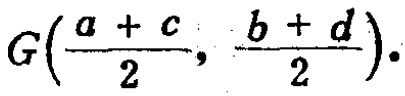
\[G\left(\frac{a + c}{2}, \frac{b + d}{2}\right).\]